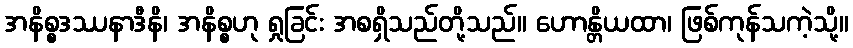
အနိစ္စဒဿနာဒီနိ၊ အနိစ္စဟု ရှုခြင်း အစရှိသည်တို့သည်။ ဟောန္တိယထာ၊ ဖြစ်ကုန်သကဲ့သို့။